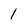
Character: 1